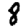
Digit: 8